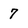
Character: 7